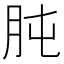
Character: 肫